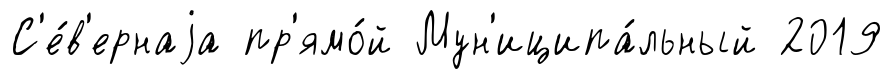
С'е́в'ернаjа пр'ямо́й Мун'иципа́льный 2019